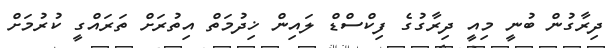
ދިރާގުން ބުނީ މިއީ ދިރާގުގެ ފިކްސްޑް ލައިން ޚިދުމަތް އިތުރަށް ތަރައްގީ ކުރުމަށް